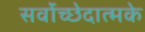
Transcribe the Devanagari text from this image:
सर्वोच्छेदात्मके